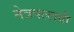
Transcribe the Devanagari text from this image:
नेत्रपल्लवी